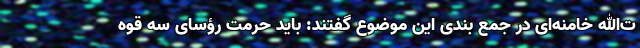
ت‌الله خامنه‌ای در جمع بندی این موضوع گفتند: باید حرمت رؤسای سه قوه